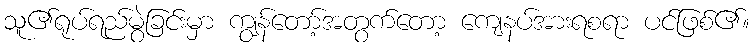
သူ၏ရုပ်ရည်မွဲခြင်းမှာ ကျွန်တော့်အတွက်တော့ ကျေနပ်အားရစရာ ပင်ဖြစ်၏။